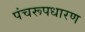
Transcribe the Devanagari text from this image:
पंचरूपधारण